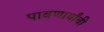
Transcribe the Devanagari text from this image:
पावणार्यांची